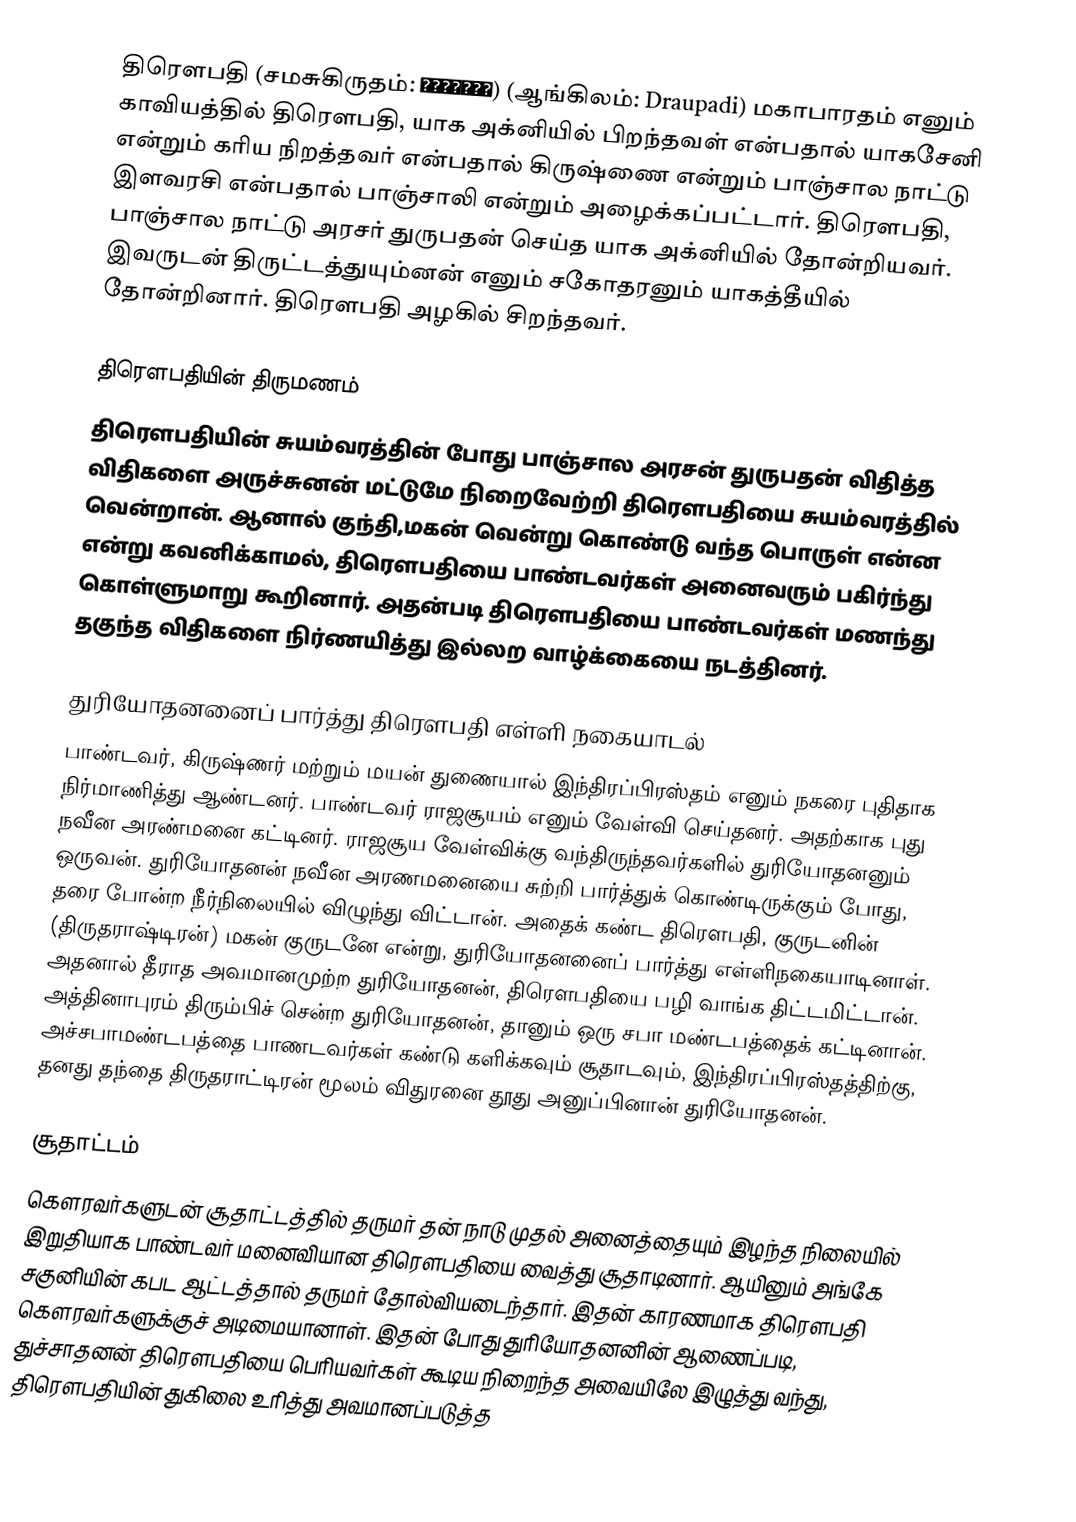
திரௌபதி (சமசுகிருதம்: द्रौपदी) (ஆங்கிலம்: Draupadi) மகாபாரதம் எனும் காவியத்தில் திரெளபதி, யாக அக்னியில் பிறந்தவள் என்பதால் யாகசேனி என்றும் கரிய நிறத்தவர் என்பதால் கிருஷ்ணை என்றும் பாஞ்சால நாட்டு இளவரசி என்பதால் பாஞ்சாலி என்றும் அழைக்கப்பட்டார். திரெளபதி, பாஞ்சால நாட்டு அரசர் துருபதன் செய்த யாக அக்னியில் தோன்றியவர். இவருடன் திருட்டத்துயும்னன் எனும் சகோதரனும் யாகத்தீயில் தோன்றினார். திரெளபதி அழகில் சிறந்தவர்.

திரெளபதியின் திருமணம்
திரெளபதியின் சுயம்வரத்தின் போது பாஞ்சால அரசன் துருபதன் விதித்த விதிகளை அருச்சுனன் மட்டுமே நிறைவேற்றி திரெளபதியை சுயம்வரத்தில் வென்றான். ஆனால் குந்தி,மகன் வென்று கொண்டு வந்த பொருள் என்ன என்று கவனிக்காமல், திரெளபதியை பாண்டவர்கள் அனைவரும் பகிர்ந்து கொள்ளுமாறு கூறினார். அதன்படி திரெளபதியை பாண்டவர்கள் மணந்து தகுந்த விதிகளை நிர்ணயித்து இல்லற வாழ்க்கையை நடத்தினர்.

துரியோதனனைப் பார்த்து திரெளபதி எள்ளி நகையாடல்
பாண்டவர், கிருஷ்ணர் மற்றும் மயன் துணையால் இந்திரப்பிரஸ்தம் எனும் நகரை புதிதாக நிர்மாணித்து ஆண்டனர். பாண்டவர் ராஜசூயம் எனும் வேள்வி செய்தனர். அதற்காக புது நவீன அரண்மனை கட்டினர். ராஜசூய வேள்விக்கு வந்திருந்தவர்களில் துரியோதனனும் ஒருவன். துரியோதனன் நவீன அரணமனையை சுற்றி பார்த்துக் கொண்டிருக்கும் போது, தரை போன்ற நீர்நிலையில் விழுந்து விட்டான். அதைக் கண்ட திரெளபதி, குருடனின் (திருதராஷ்டிரன்) மகன் குருடனே என்று, துரியோதனனைப் பார்த்து எள்ளிநகையாடினாள். அதனால் தீராத அவமானமுற்ற துரியோதனன், திரெளபதியை பழி வாங்க திட்டமிட்டான். அத்தினாபுரம் திரும்பிச் சென்ற துரியோதனன், தானும் ஒரு சபா மண்டபத்தைக் கட்டினான். அச்சபாமண்டபத்தை பாணடவர்கள் கண்டு களிக்கவும் சூதாடவும், இந்திரப்பிரஸ்தத்திற்கு, தனது தந்தை திருதராட்டிரன் மூலம்  விதுரனை தூது அனுப்பினான் துரியோதனன்.

சூதாட்டம்
கௌரவர்களுடன் சூதாட்டத்தில்  தருமர் தன் நாடு முதல் அனைத்தையும் இழந்த நிலையில் இறுதியாக பாண்டவர் மனைவியான திரெளபதியை வைத்து சூதாடினார். ஆயினும் அங்கே சகுனியின் கபட ஆட்டத்தால் தருமர் தோல்வியடைந்தார். இதன் காரணமாக திரெளபதி  கௌரவர்களுக்குச் அடிமையானாள். இதன் போது துரியோதனனின் ஆணைப்படி, துச்சாதனன் திரெளபதியை பெரியவர்கள் கூடிய நிறைந்த அவையிலே இழுத்து வந்து, திரெளபதியின் துகிலை உரித்து அவமானப்படுத்த